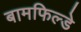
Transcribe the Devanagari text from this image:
बामफिल्डे